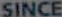
SINCE